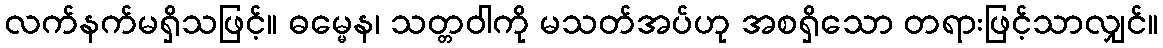
လက်နက်မရှိသဖြင့်။ ဓမ္မေန၊ သတ္တဝါကို မသတ်အပ်ဟု အစရှိသော တရားဖြင့်သာလျှင်။